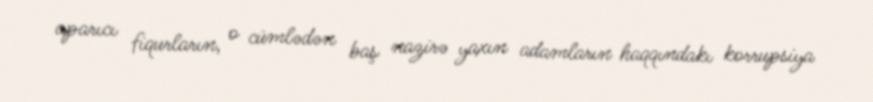
aparıcı fiqurların, o cümlədən baş nazirə yaxın adamların haqqındakı korrupsiya